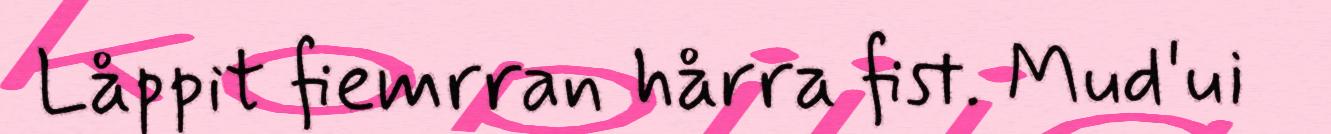
Låppit fiemrran hårra fist. Mud'ui